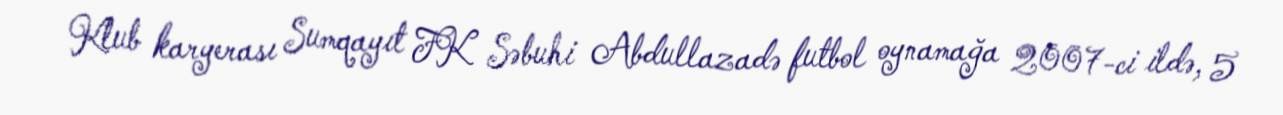
Klub karyerası Sumqayıt FK Səbuhi Abdullazadə futbol oynamağa 2007-ci ildə, 5